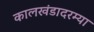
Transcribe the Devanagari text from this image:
कालखंडादरम्या